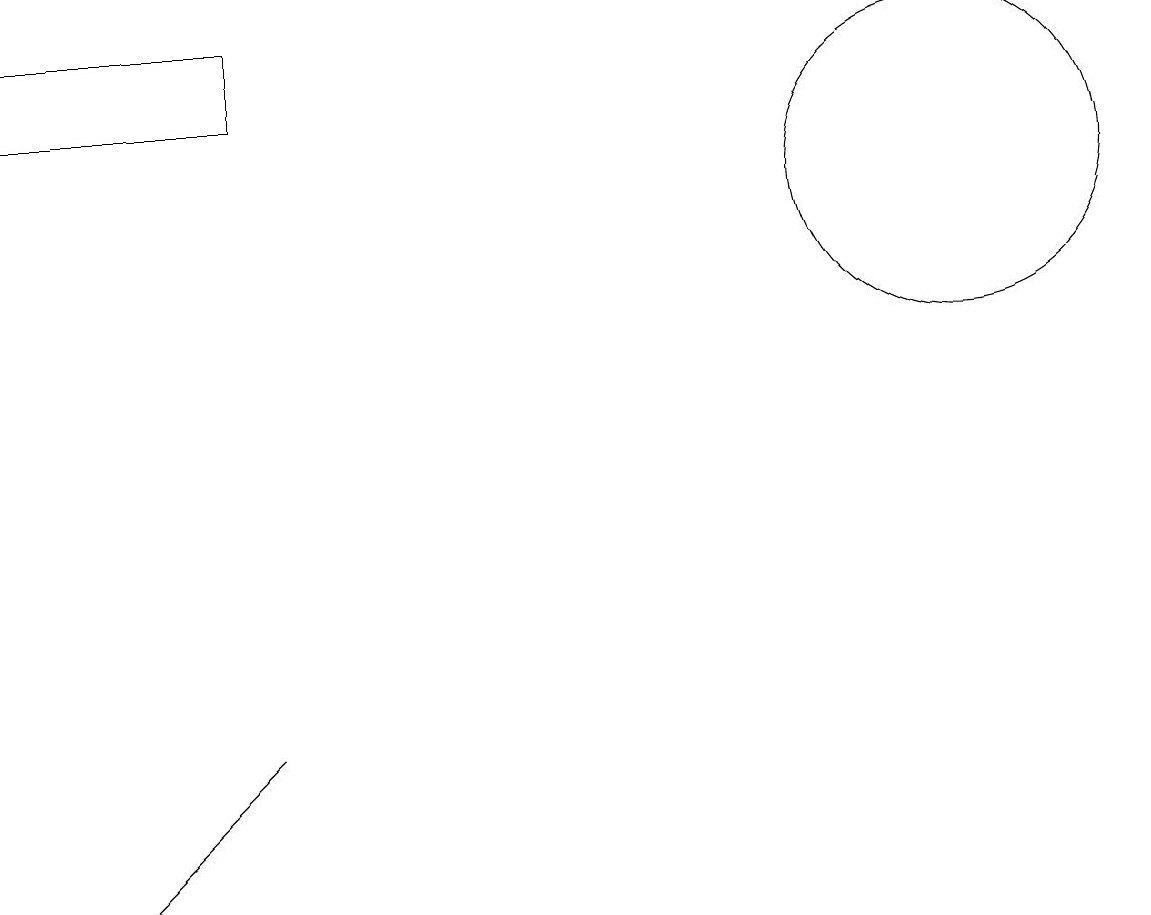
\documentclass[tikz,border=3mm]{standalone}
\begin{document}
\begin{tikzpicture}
\draw (0,12) rectangle (3,13);
\draw (1,2) -- (3,4) -- (1,2) -- cycle;
\draw (12,11) circle (2);
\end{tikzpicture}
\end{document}